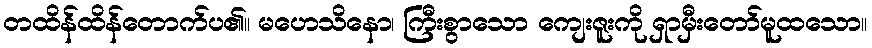
တထိန်ထိန်တောက်ပ၏။ မဟေသိနော၊ ကြီးစွာသော ကျေးဇူးကို ရှာမှီးတော်မူထသော။